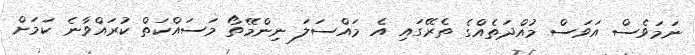
ނަމަވެސް އަވަސް މުއްދަތެއްގެ ތެރޭގައި އެ މައްސަލަ ނިންމޭތޯ މަސައްކަތް ކުރައްވާނެ ކަމަށް